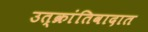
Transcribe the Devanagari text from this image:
उत्क्रांतिवादात